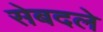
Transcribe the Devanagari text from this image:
सेबदले